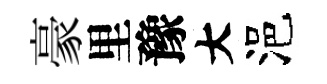
豪里豫大浥